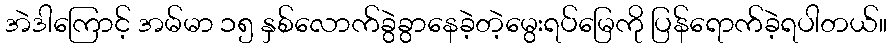
အဲဒါကြောင့် အမ်မာ ၁၅ နှစ်လောက်ခွဲခွာနေခဲ့တဲ့မွေးရပ်မြေကို ပြန်ရောက်ခဲ့ရပါတယ်။